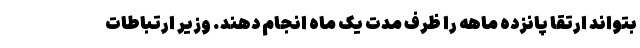
بتواند ارتقا پانزده ماهه را ظرف مدت یک ماه انجام دهند. وزیر ارتباطات